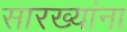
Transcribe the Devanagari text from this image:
सारख्यांना